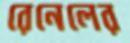
রেনেলের